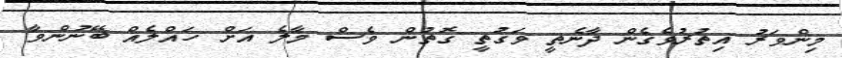
މިންވަރު އިތުރުވެގެން ދާނެތީ ވަގުތީ ގޮތުން ވެސް މާލެ އަށް ހައްލެއް ބޭނުންވާ